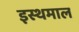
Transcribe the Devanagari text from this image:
इस्थमाल